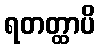
ရတတ္ထာပိ